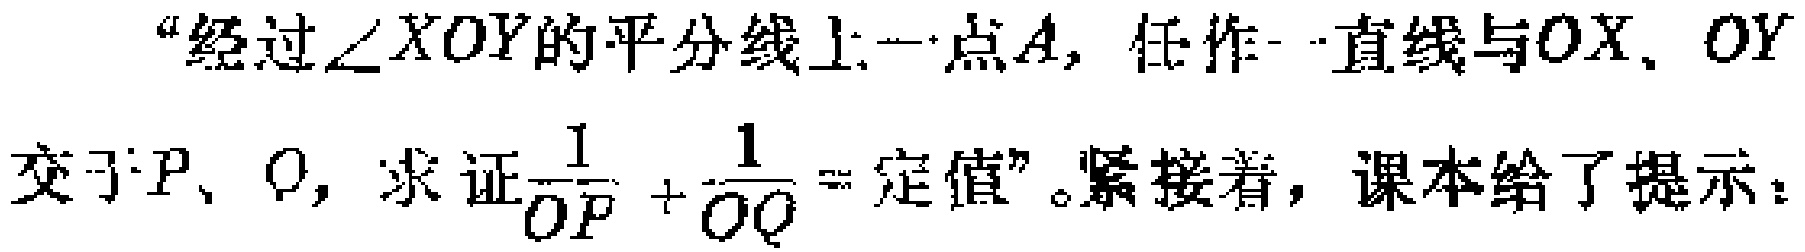
“经过\(\angle XOY\)的平分线上一点\(A\)，任作一直线与\(OX\)、\(OY\)交于\(P\)、\(Q\)，求证\(\frac{1}{OP}+\frac{1}{OQ}=\)定值”。紧接着，课本给了提示：